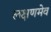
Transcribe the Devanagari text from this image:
लक्षणमेव